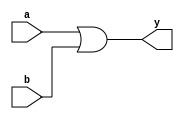
// This program was cloned from: https://github.com/JeffDeCola/my-verilog-examples
// License: MIT License

// 2-input OR gate used in my programable-8-bit-microprocessor

module or2_gate(
    input       a, b,     // 2-Input
    output      y);       // Output

    // GATE PRIMITIVE
    or (y, a, b);

endmodule

module or2_dataflow(
    input       a, b,     // 2-Input
    output      y);       // Output

    // CONTINUOUS ASSIGNMENT STATEMENT
    assign y = a | b;

endmodule

module or2_behavioral(
    input       a, b,     // 2-Input
    output reg  y);       // Output

    // ALWAYS BLOCK with NON-BLOCKING PROCEDURAL ASSIGNMENT STATEMENT
    always @(a or b) begin
        y <= a | b;
    end

endmodule